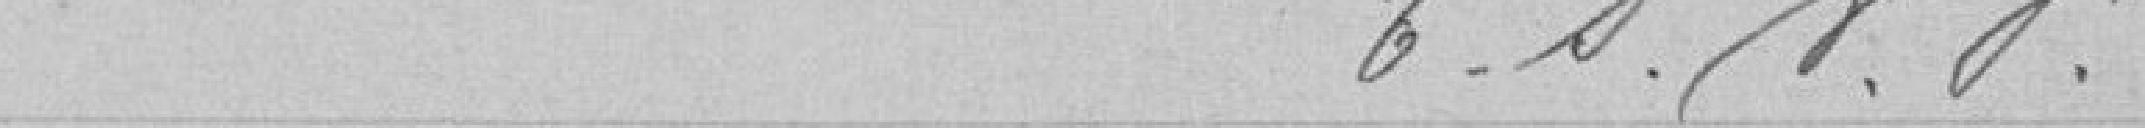
t.s.v.p.